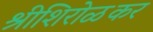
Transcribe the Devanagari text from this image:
श्रीशिरोळकर